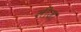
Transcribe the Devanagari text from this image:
लीजा़